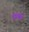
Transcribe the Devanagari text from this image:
वाघुले